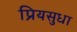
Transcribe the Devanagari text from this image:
प्रियसुधा